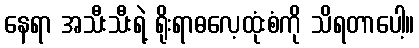
နေရာ အသီးသီးရဲ့ ရိုးရာဓလေ့ထုံးစံကို သိရတာပေါ့။